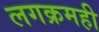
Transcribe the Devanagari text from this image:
लगक्रमही